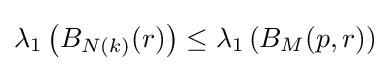
\lambda _{1}\left(B_{N(k)}(r)\right)\leq \lambda _{1}\left(B_{M}(p,r)\right)